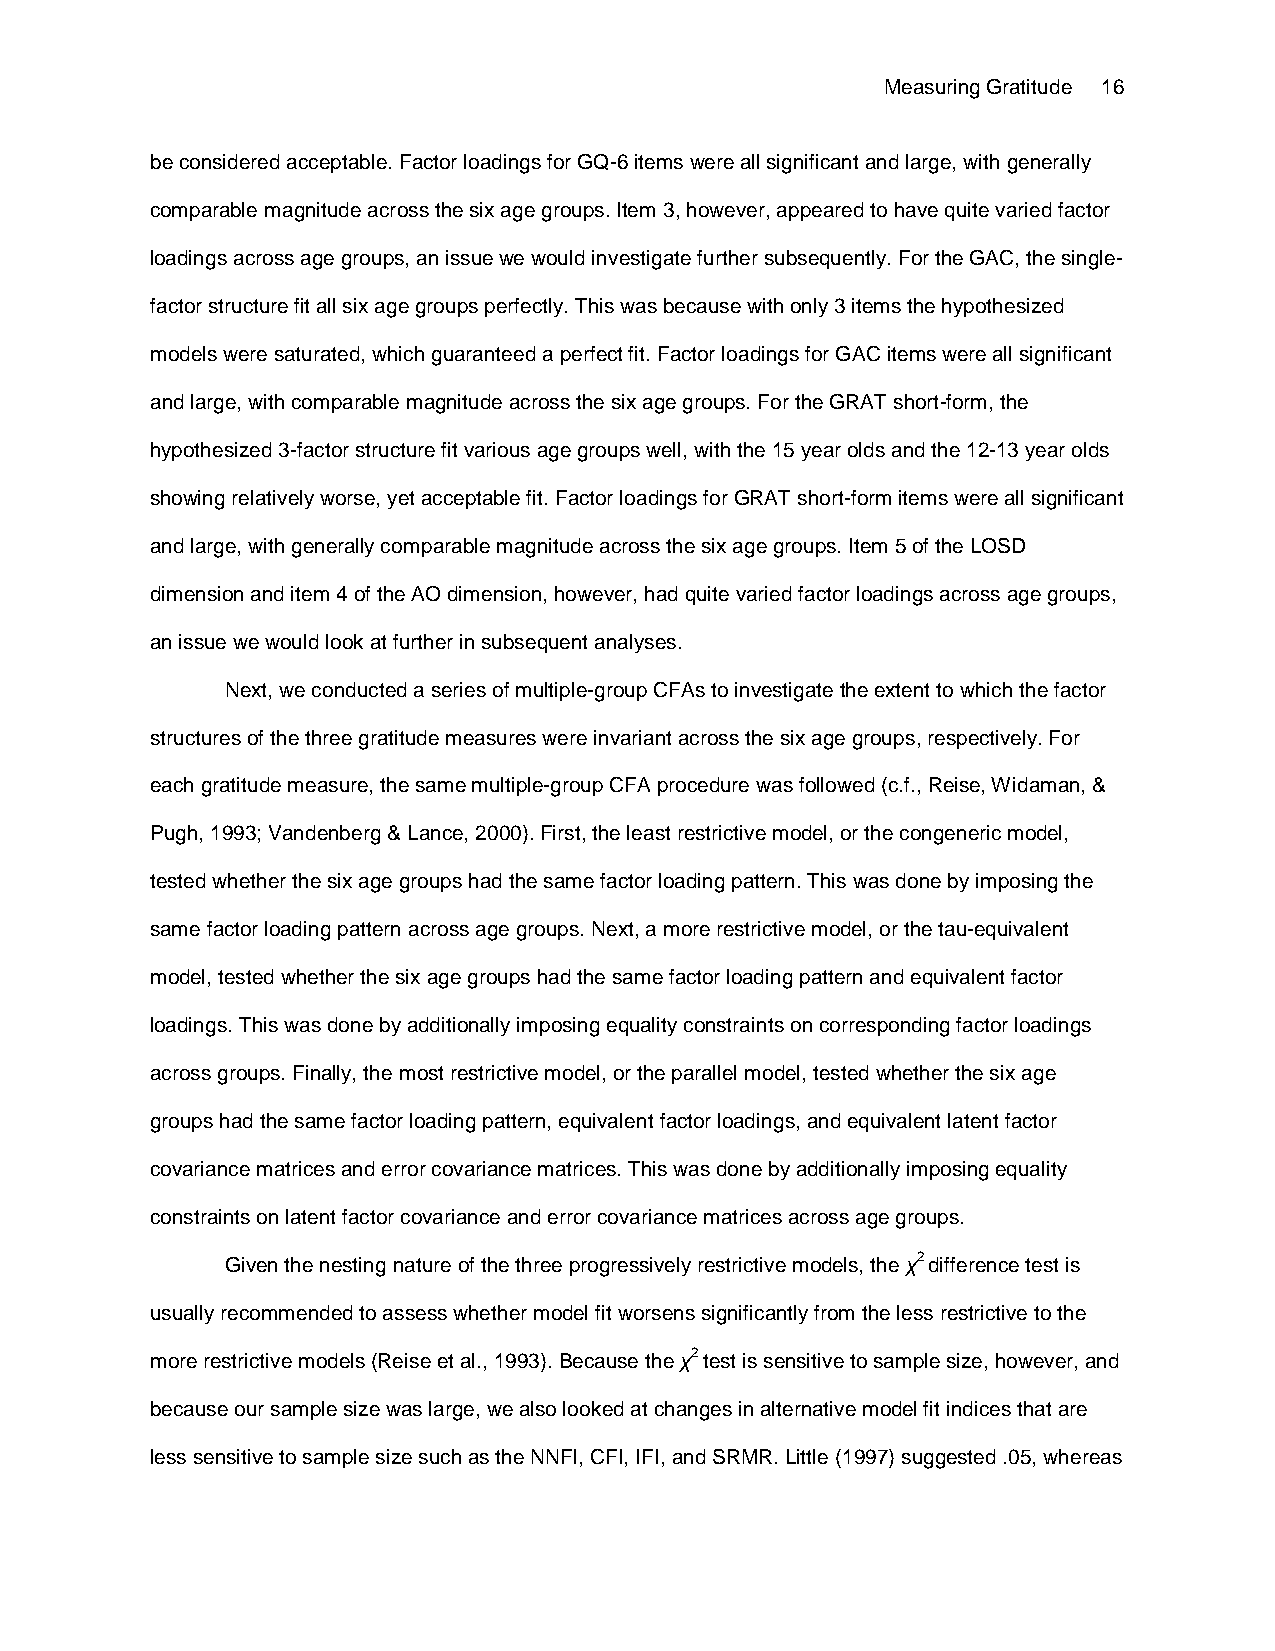
Measuring Gratitude 16
 be considered acceptable. Factor loadings for GQ-6 items were all significant and large, with generally
 comparable magnitude across the six age groups. Item 3, however, appeared to have quite varied factor
 loadings across age groups, an issue we would investigate further subsequently. For the GAC, the single-
 factor structure fit all six age groups perfectly. This was because with only 3 items the hypothesized
 models were saturated, which guaranteed a perfect fit. Factor loadings for GAC items were all significant
 and large, with comparable magnitude across the six age groups. For the GRAT short-form, the
 hypothesized 3-factor structure fit various age groups well, with the 15 year olds and the 12-13 year olds
 showing relatively worse, yet acceptable fit. Factor loadings for GRAT short-form items were all significant
 and large, with generally comparable magnitude across the six age groups. Item 5 of the LOSD
 dimension and item 4 of the AO dimension, however, had quite varied factor loadings across age groups,
 an issue we would look at further in subsequent analyses.
 Next, we conducted a series of multiple-group CFAs to investigate the extent to which the factor
 structures of the three gratitude measures were invariant across the six age groups, respectively. For
 each gratitude measure, the same multiple-group CFA procedure was followed (c.f., Reise, Widaman, &
 Pugh, 1993; Vandenberg & Lance, 2000). First, the least restrictive model, or the congeneric model,
 tested whether the six age groups had the same factor loading pattern. This was done by imposing the
 same factor loading pattern across age groups. Next, a more restrictive model, or the tau-equivalent
 model, tested whether the six age groups had the same factor loading pattern and equivalent factor
 loadings. This was done by additionally imposing equality constraints on corresponding factor loadings
 across groups. Finally, the most restrictive model, or the parallel model, tested whether the six age
 groups had the same factor loading pattern, equivalent factor loadings, and equivalent latent factor
 covariance matrices and error covariance matrices. This was done by additionally imposing equality
 constraints on latent factor covariance and error covariance matrices across age groups.
 Given the nesting nature of the three progressively restrictive models, the χ2 difference test is
 usually recommended to assess whether model fit worsens significantly from the less restrictive to the
 more restrictive models (Reise et al., 1993). Because the χ2 test is sensitive to sample size, however, and
 because our sample size was large, we also looked at changes in alternative model fit indices that are
 less sensitive to sample size such as the NNFI, CFI, IFI, and SRMR. Little (1997) suggested .05, whereas